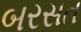
બરસત